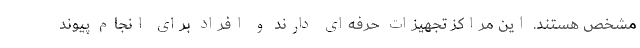
مشخص هستند. این مراکز تجهیزات حرفه‌ای دارند و افراد برای انجام پیوند